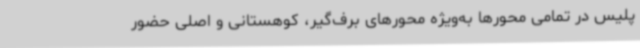
پلیس در تمامی محورها به‌ویژه محورهای برف‌گیر، کوهستانی و اصلی حضور